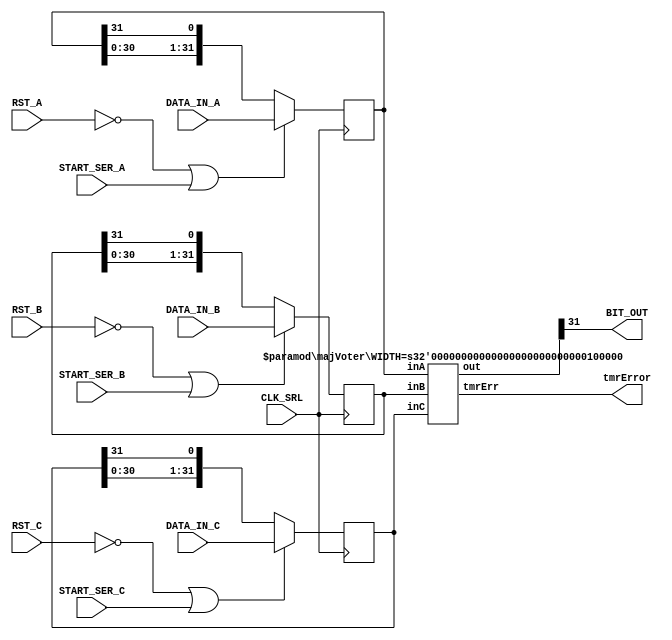
/****************************************************************************************************
 *                          ! THIS FILE WAS AUTO-GENERATED BY TMRG TOOL !                           *
 *                                   ! DO NOT EDIT IT MANUALLY !                                    *
 *                                                                                                  *
 *                                                                                                  *
 * user    : cometti                                                                                *
 * host    : elt78xl.to.infn.it                                                                     *
 *                                                                                                  *
 * workdir : /export/elt54xl/disk0/users/cometti/project/2-Synthesis/netlist_in/Ottobre_2018/TMR_files *
 * cmd     : /export/elt54xl/disk0/users/cometti/project/2-Synthesis/netlist_in/aa_DTU_ECAL_1ch_final/t *
 *           mrg/bin/tmrg -v 7_4_ser_sr_v1.v 7_TOPser_sr_v1.v                                       *
 * tmrg rev: 9a6ee4d64fce05b58c62ee9ecfc4ef5a8551d404                                               *
 *                                                                                                  *
 * src file: 7_4_ser_sr_v1.v                                                                        *
 *           File is NOT under version control!                                                     *
 *           Modification time : 2018-11-11 12:20:13.520097                                         *
 *           File Size         : 644                                                                *
 *           MD5 hash          : 8d2ca27c0bc9402a3ca8753e9553fec2                                   *
 *                                                                                                  *
 ****************************************************************************************************/

`timescale  1ns/1ps
module Serializer_shiftTMR(
  CLK_SRL,
  RST_A,
  RST_B,
  RST_C,
  DATA_IN_A,
  DATA_IN_B,
  DATA_IN_C,
  START_SER_A,
  START_SER_B,
  START_SER_C,
  BIT_OUT,
  tmrError
);
parameter    Nbits_31=31;
parameter    IDLE_pattern=32'b11101010101010101010101010101010;

output tmrError;
wire tmrError;
wor bitShiftRegTmrError;
wire [Nbits_31:0] bitShiftReg;
input CLK_SRL;
input RST_A;
input RST_B;
input RST_C;
input [Nbits_31:0] DATA_IN_A;
input [Nbits_31:0] DATA_IN_B;
input [Nbits_31:0] DATA_IN_C;
input START_SER_A;
input START_SER_B;
input START_SER_C;
output BIT_OUT;
reg  [Nbits_31:0] bitShiftReg_A;
reg  [Nbits_31:0] bitShiftReg_B;
reg  [Nbits_31:0] bitShiftReg_C;

always @( posedge CLK_SRL )
  begin
    if (RST_A==1'b0|START_SER_A==1'b1)
      bitShiftReg_A <= DATA_IN_A;
    else
      bitShiftReg_A <= {bitShiftReg_A[30:0], bitShiftReg_A[31]};
  end

always @( posedge CLK_SRL )
  begin
    if (RST_B==1'b0|START_SER_B==1'b1)
      bitShiftReg_B <= DATA_IN_B;
    else
      bitShiftReg_B <= {bitShiftReg_B[30:0], bitShiftReg_B[31]};
  end

always @( posedge CLK_SRL )
  begin
    if (RST_C==1'b0|START_SER_C==1'b1)
      bitShiftReg_C <= DATA_IN_C;
    else
      bitShiftReg_C <= {bitShiftReg_C[30:0], bitShiftReg_C[31]};
  end
assign BIT_OUT =  bitShiftReg[Nbits_31] ;

majVoter #(.WIDTH(((Nbits_31)>(0)) ? ((Nbits_31)-(0)+1) : ((0)-(Nbits_31)+1))) bitShiftRegVoter (
    .inA(bitShiftReg_A),
    .inB(bitShiftReg_B),
    .inC(bitShiftReg_C),
    .out(bitShiftReg),
    .tmrErr(bitShiftRegTmrError)
    );
assign tmrError =  bitShiftRegTmrError;


endmodule

// /export/elt54xl/disk0/users/cometti/project/2-Synthesis/netlist_in/aa_DTU_ECAL_1ch_final/tmrg/src/../common/voter.v
module majVoter (inA, inB, inC, out, tmrErr);
  parameter WIDTH = 1;
  input   [(WIDTH-1):0]   inA, inB, inC;
  output  [(WIDTH-1):0]   out;
  output                  tmrErr;
  reg                     tmrErr;
  assign out = (inA&inB) | (inA&inC) | (inB&inC);
  always @(inA or inB or inC)
  begin
    if (inA!=inB || inA!=inC || inB!=inC)
      tmrErr = 1'b1;
    else
      tmrErr = 1'b0;
  end
endmodule


// /export/elt54xl/disk0/users/cometti/project/2-Synthesis/netlist_in/aa_DTU_ECAL_1ch_final/tmrg/src/../common/fanout.v
module fan_out (in, outA, outB, outC);
  parameter WIDTH = 1;
  input   [(WIDTH-1):0]   in;
  output  [(WIDTH-1):0]   outA,outB,outC;
  assign outA=in;
  assign outB=in;
  assign outC=in;
endmodule